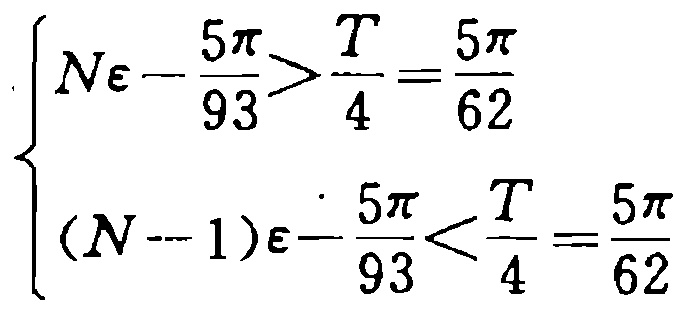
\[\left\{
\begin{array}{l}
N\varepsilon-\frac{5\pi}{93}>\frac{T}{4}=\frac{5\pi}{62}\\
(N - 1)\varepsilon-\frac{5\pi}{93}<\frac{T}{4}=\frac{5\pi}{62}
\end{array}
\right.\]